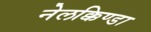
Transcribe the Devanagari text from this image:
नेलक्किण्डा